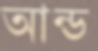
আন্ড